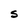
Character: S